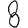
Digit: 8